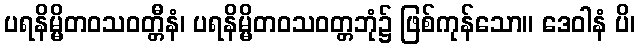
ပရနိမ္မိတဝသဝတ္တီနံ၊ ပရနိမ္မိတဝသဝတ္တဘုံ၌ ဖြစ်ကုန်သော။ ဒေဝါနံ ပိ၊